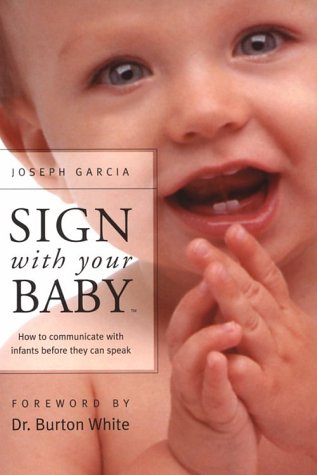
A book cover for Sign With Your Baby: How to Communicate With Infants Before They Can Speak; Dr. Joseph Garcia; Reference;